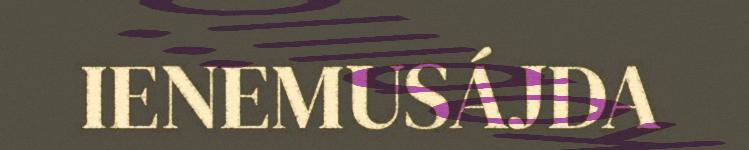
IENEMUSÁJDA